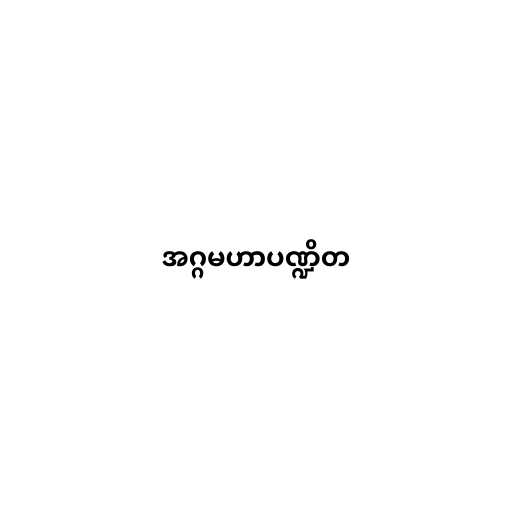
အဂ္ဂမဟာပဏ္ဍိတ